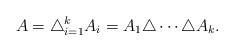
LaTeX: \begin{align*}A = \bigtriangleup_{i=1}^k A_i = A_1 \triangle \cdots \triangle A_k. \end{align*}